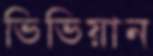
ভিভিয়ান